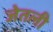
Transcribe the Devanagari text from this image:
जेतली